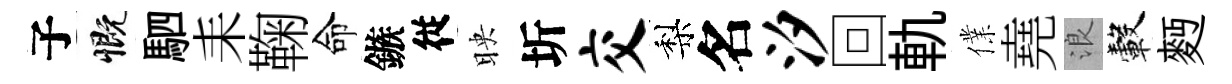
子慨駟耒鞠命鏃従映圻交梨名汐回軌㒒堯浪轂麪